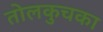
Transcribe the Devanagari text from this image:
तोलकुचका